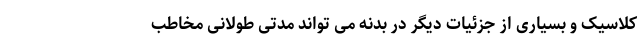
کلاسیک و بسیاری از جزئیات دیگر در بدنه می تواند مدتی طولانی مخاطب